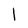
Character: l